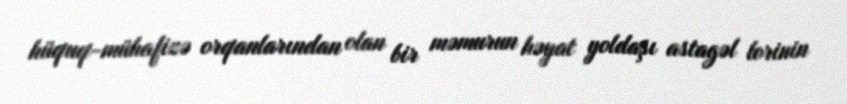
hüquq-mühafizə orqanlarından olan bir məmurun həyat yoldaşı astagəl lorinin